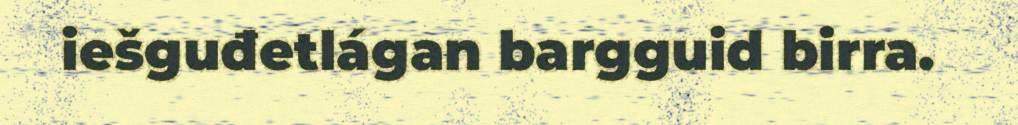
iešguđetlágan bargguid birra.